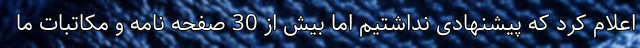
اعلام کرد که پیشنهادی نداشتیم اما بیش از 30 صفحه نامه و مکاتبات ما